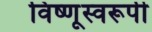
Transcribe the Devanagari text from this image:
विष्णूस्वरूपी